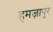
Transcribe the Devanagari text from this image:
हमज़ापुर